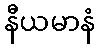
နီယမာနံ